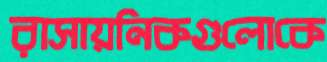
রাসায়নিকগুলোকে